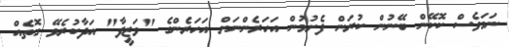
ނަމަވެސް ކޮކޭން ބޭނުން ކުރަން ފެށުމުން އަހަރެންނަށް އަހަރެންގެ "ވަޒީފާ" އަދާކުރެވޭ ގޮތެއް